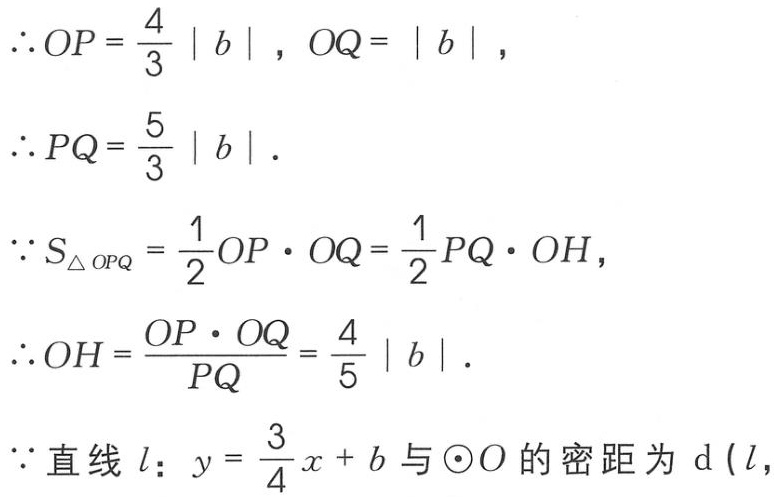
\(\therefore OP = \frac{4}{3} \vert b \vert , OQ = \vert b \vert ,\)
\(\therefore PQ = \frac{5}{3} \vert b \vert .\)
\(\because S_{\triangle OPQ} = \frac{1}{2}OP \cdot OQ = \frac{1}{2}PQ \cdot OH,\)
\(\therefore OH = \frac{OP \cdot OQ}{PQ} = \frac{4}{5} \vert b \vert .\)
\(\because\)直线\(l\)：\(y = \frac{3}{4}x + b\)与\(\odot O\)的密距为\(d(l,\)